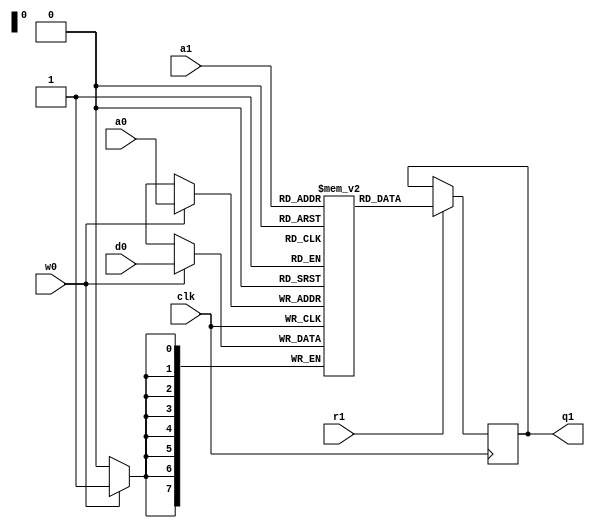
module linebuffer #(
	parameter C_DATA_WIDTH = 8,
	parameter C_ADDRESS_WIDTH = 8
)(
	input clk,

	input  wire                       w0,
	input  wire [C_ADDRESS_WIDTH-1:0] a0,
	input  wire [C_DATA_WIDTH-1   :0] d0,

	input  wire                       r1,
	input  wire [C_ADDRESS_WIDTH-1:0] a1,
	output reg  [C_DATA_WIDTH-1   :0] q1
);
	reg [C_DATA_WIDTH-1:0] ram[2**C_ADDRESS_WIDTH-1:0];

	always @ (posedge clk) begin
		if (w0)
			ram[a0] <= d0;
	end
	always @ (posedge clk) begin
		if (r1)
			q1 <= ram[a1];
	end

endmodule